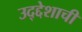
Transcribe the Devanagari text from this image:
उद्द्देशाची